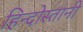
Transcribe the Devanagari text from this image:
हिन्दोस्तानी